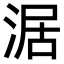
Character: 涺